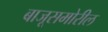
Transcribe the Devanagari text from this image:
बाजूसमोरील